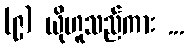
(၉) ယိုဟူသည်ကား ...